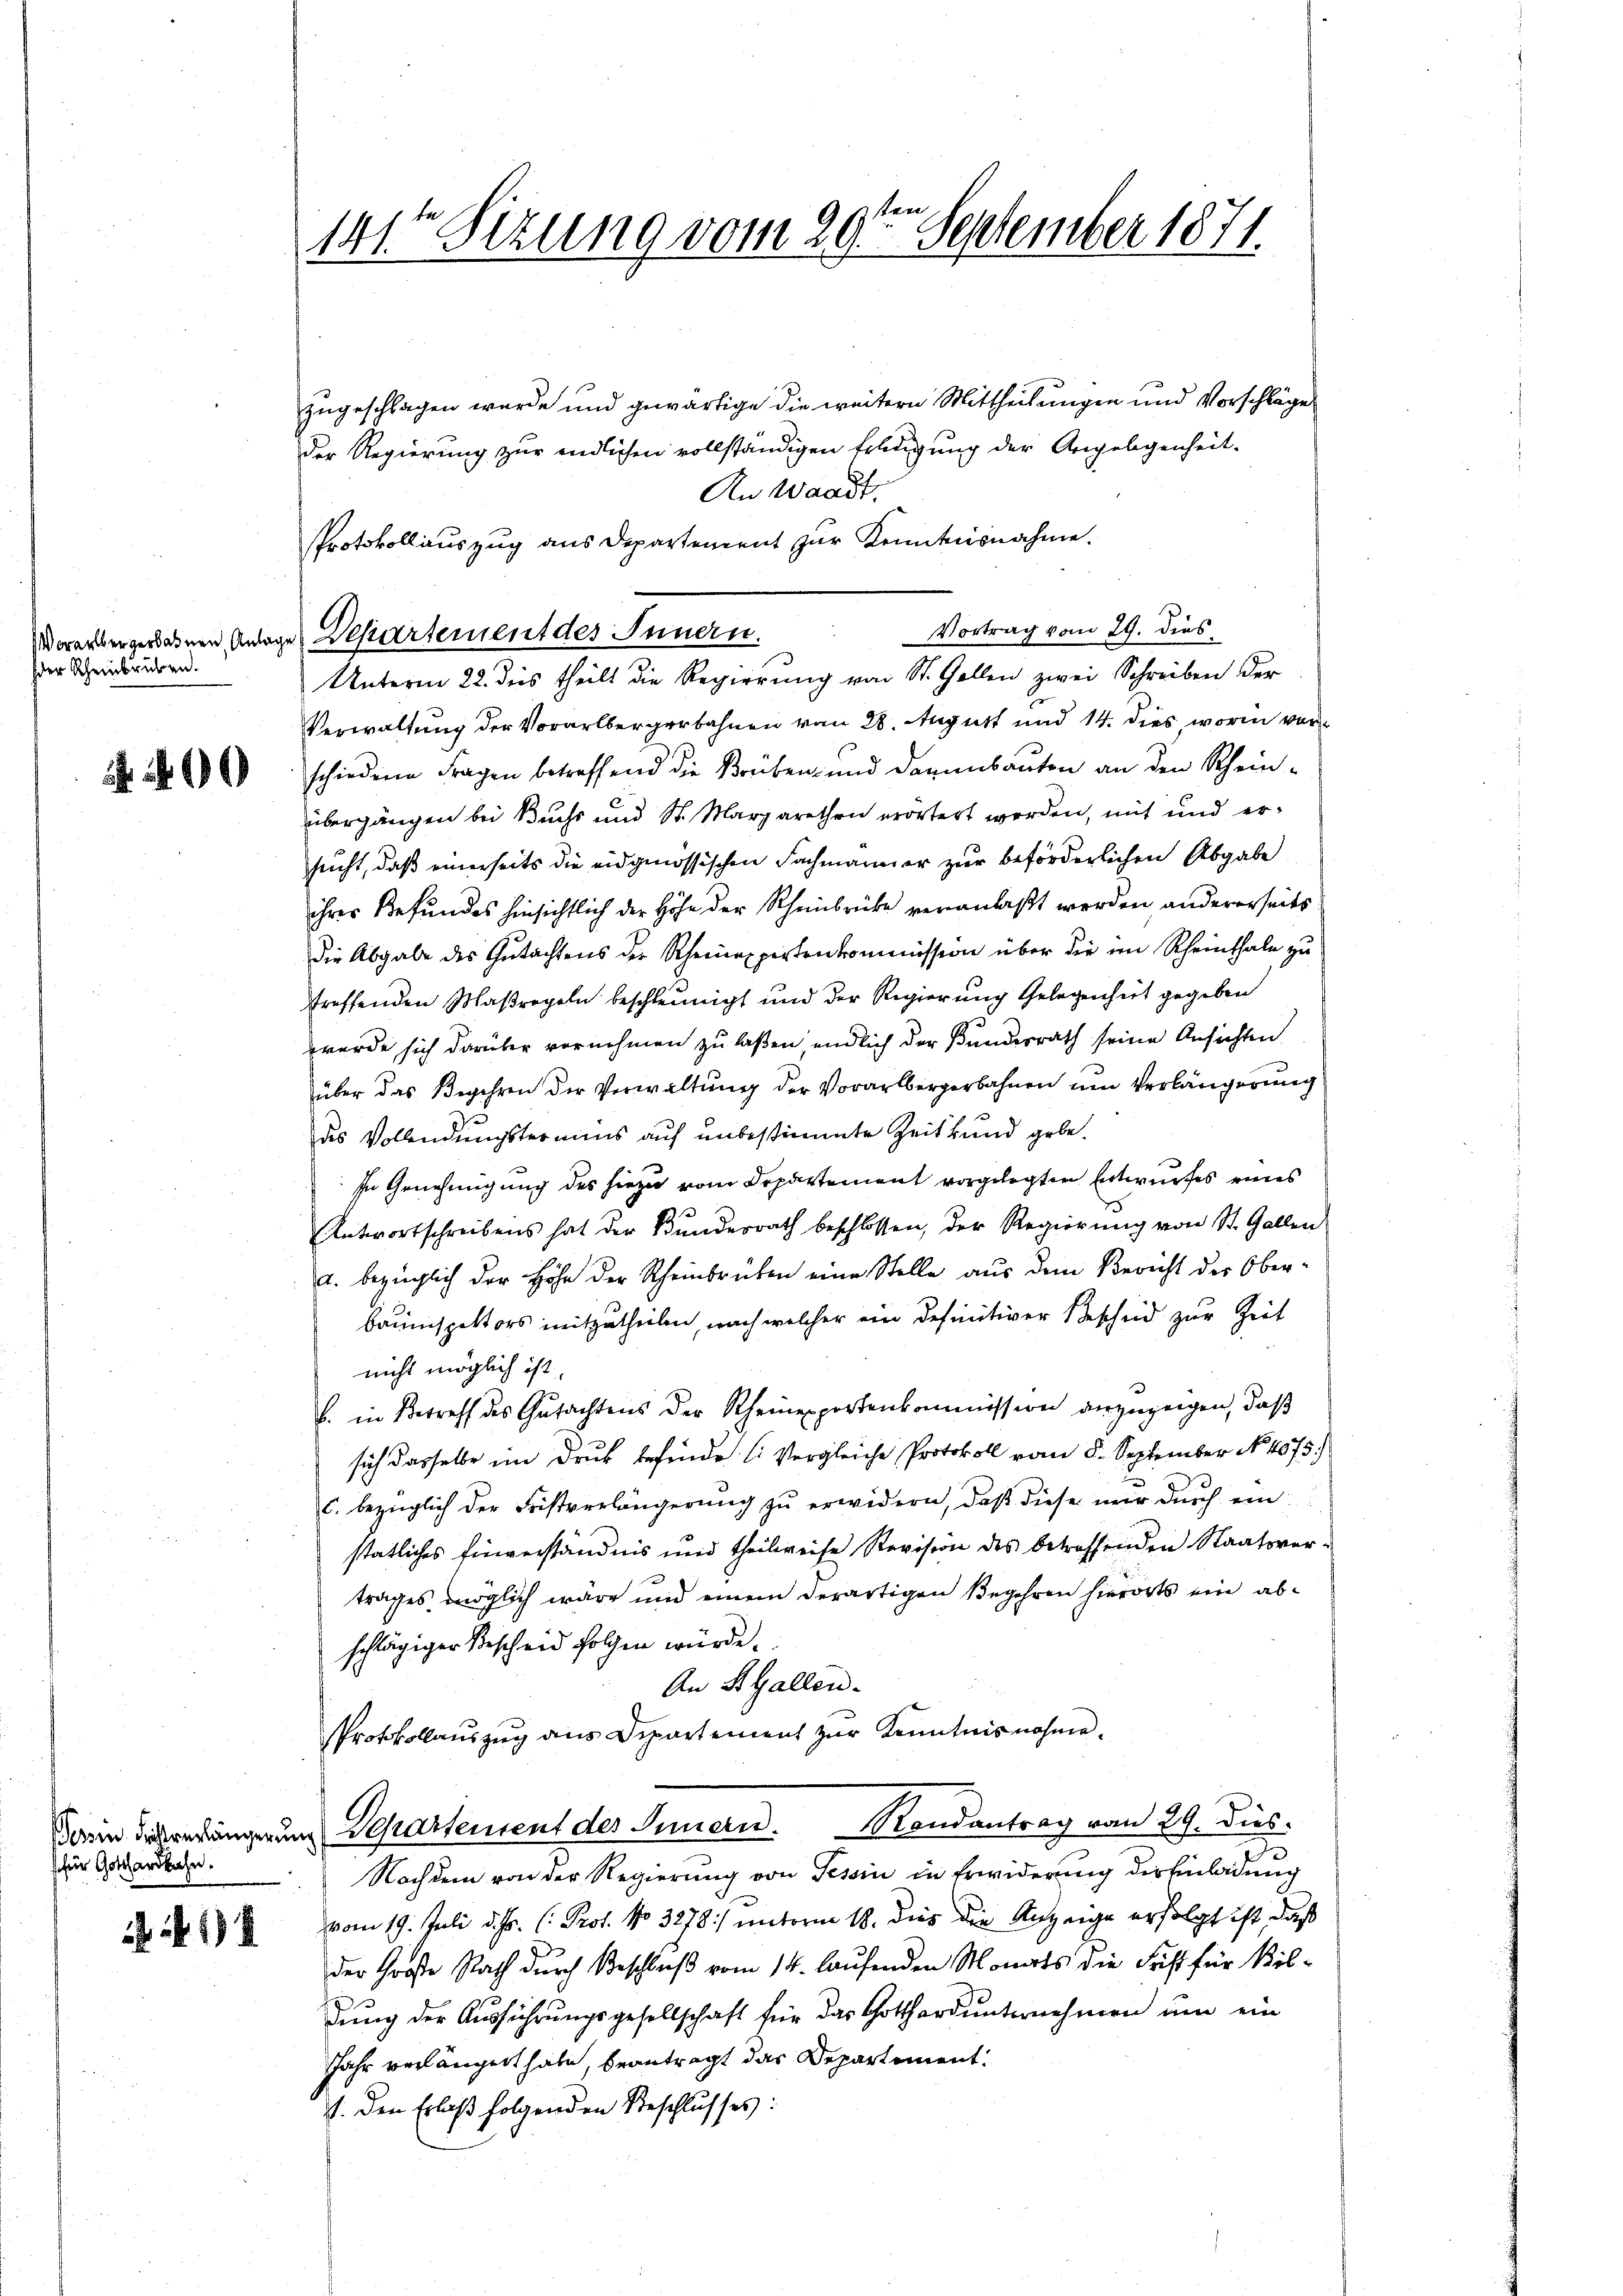
Worarlbergerbahnen, Anlage
der Rheinbruben.

für Gotthardbahn.

ii 18

141t Sitzung vom 29te͇n September 1871.

zugeschlagen wurde und gewärtige die weitern Mittheilungen und Vorschläge
der Regierung zur endlichen vollständigen Erledigung der Angelegenheit.
An Waadt.
PProtokollauszug aus Departement zur Kenntnisnahme.
Vortrag vom 29. dies
Unterm 22. des theilt die Regierŭng von St. Gallen zwei Schreiben der
Verwaltung der Vorarlbergerbahnen vom 28. August und 14. dies, worin vor
schiedene Fragen betreffend die Brüben und Darumbauten an den Scheinübergängen bei Buchs und St. Margarethen erörtert worden, mit und ersucht, daß einerseits die eidgenössischen Fachmanner zur beförderlichen Abgabe
ihres Befundes hinsichtlich der Höhe der Rheinbrücke veranlaßt werden andererseits
die Abgabe des Gŭtachtens der Rheinappirtenkommission über die im Rheinthale zu
streffenden Maßregeln beschleunigt und der Regierung Gelegenheit gegeben
wurde sich darüber vornehmen zu laßen, endlich der Bundesrath seine Ansichten
über das Begehren der Verwaltŭng der Vorarlbergerbahnen um Verlängerung
des Vollendungstermins auf unbestimmte Zeit bund gebe.
In Genehmigung des hiezu vom Departement vorgelegten Entwurfes eines
Antwortschreibens hat der Bŭndesrath beschlossen, der Regierŭng von St. Gallen
a. bezüglich der Höhe der Rheinbrüken eine Stelle aus dem Bericht der Ober-
bauinspektors mitzutheilen, nach welcher ein Definitiver Bescheid zur Zeit
nicht möglich ist.
b. in Betreff des Gutachtens der Rheinepportenkommission anzuzeigen, daß
sich dasselbe im Druk befinde. (: Vergleiche Protokoll vom 5. September No 4075.)
c. bezüglich der Fristverlängerung zu erwidern, daß diese mir durch ein
stätliches Einverständnis und theilweise Revision des betreffenden Staatsvertrages möglich wäre und einem derartigen Begehren hierorts ein abschlägiger Bescheid folgen würde.
An St. Gallen.
Protokollauszug aus Departement zur Kenntnisnahme.
Darin dererhängerung Separtement des Innern. Randantrag vom 29. dies
3.
Nachdem von der Regierung von Tessin in Erwiderung der Einladung
vom 19. Juli d. Js. (: Prof. No 3278) unterm 18. dir die Anzeige erfolgt ist, daß
der Große Rath durch Beschluß vom 14. laufenden Monats die Frist für Sildung der Ausführungsgesellschaft für das Gotthard unternehmen um ein
Jahr verlängert habe beantragt das Departement.
J. den Erlaß folgenden Beschlusses:

Departement des Innern.